Calcutta medical institutions reports 1879-81 [i.e.91]
Year: 1879
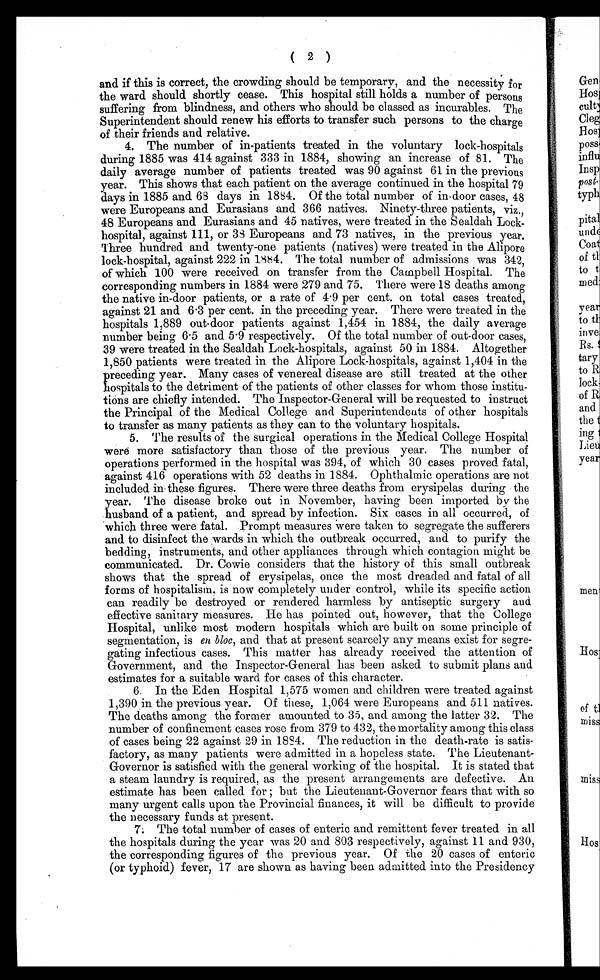
( 2 )
and if this is correct, the crowding should be temporary, and the necessity for
the ward should shortly cease. This hospital still holds a number of persons
suffering from blindness, and others who should be classed as incurables. The
Superintendent should renew his efforts to transfer such persons to the charge
of their friends and relative.
4. The number of in-patients treated in the voluntary lock-hospitals
during 1885 was 414 against 333 in 1884, showing an increase of 81. The
daily average number of patients treated was 90 against 61 in the previous
year. This shows that each patient on the average continued in the hospital 79
days in 1885 and 68 days in 1884. Of the total number of in-door cases, 48
were Europeans and Eurasians and 366 natives. Ninety-three patients, viz.,
48 Europeans and Eurasians and 45 natives, were treated in the Sealdah Lock-
hospital, against 111, or 38 Europeans and 73 natives, in the previous year.
Three hundred and twenty-one patients (natives) were treated in the Alipore
lock-hospital, against 222 in 1884. The total number of admissions was 342,
of which 100 were received on transfer from the Campbell Hospital. The
corresponding numbers in 1884 were 279 and 75. There were 18 deaths among
the native in-door patients, or a rate of 4.9 per cent. on total cases treated,
against 21 and 6.3 per cent. in the preceding year. There were treated in the
hospitals 1,889 out-door patients against 1,454 in 1884, the daily average
number being 6.5 and 5.9 respectively. Of the total number of out-door cases,
39 were treated in the Sealdah Lock-hospitals, against 50 in 1884. Altogether
1,850 patients were treated in the Alipore Lock-hospitals, against 1,404 in the
preceding year. Many cases of venereal disease are still treated at the other
hospitals to the detriment of the patients of other classes for whom those institu-
tions are chiefly intended. The Inspector-General will be requested to instruct
the Principal of the Medical College and Superintendents of other hospitals
to transfer as many patients as they can to the voluntary hospitals.
5. The results of the surgical operations in the Medical College Hospital
were more satisfactory than those of the previous year. The number of
operations performed in the hospital was 394, of which 30 cases proved fatal,
against 416 operations with 52 deaths in 1884. Ophthalmic operations are not
included in these figures. There were three deaths from erysipelas during the
year. The disease broke out in November, having been imported by the
husband of a patient, and spread by infection. Six cases in all occurred, of
which three were fatal. Prompt measures were taken to segregate the sufferers
and to disinfect the wards in which the outbreak occurred, and to purify the
bedding, instruments, and other appliances through which contagion might be
communicated. Dr. Cowie considers that the history of this small outbreak
shows that the spread of erysipelas, once the most dreaded and fatal of all
forms of hospitalism, is now completely under control, while its specific action
can readily be destroyed or rendered harmless by antiseptic surgery and
effective sanitary measures. He has pointed out, however, that the College
Hospital, unlike most modern hospitals which are built on some principle of
segmentation, is en bloc, and that at present scarcely any means exist for segre-
gating infectious cases. This matter has already received the attention of
Government, and the Inspector-General has been asked to submit plans and
estimates for a suitable ward for cases of this character.
6. In the Eden Hospital 1,575 women and children were treated against
1,390 in the previous year. Of these, 1,064 were Europeans and 511 natives.
The deaths among the former amounted to 35, and among the latter 32. The
number of confinement cases rose from 379 to 432, the mortality among this class
of cases being 22 against 29 in 1884. The reduction in the death-rate is satis-
factory, as many patients were admitted in a hopeless state. The Lieutenant-
Governor is satisfied with the general working of the hospital. It is stated that
a steam laundry is required, as the present arrangements are defective. An
estimate has been called for ; but the Lieutenant-Governor fears that with so
many urgent calls upon the Provincial finances, it will be difficult to provide
the necessary funds at present.
7. The total number of cases of enteric and remittent fever treated in all
the hospitals during the year was 20 and 803 respectively, against 11 and 930,
the corresponding figures of the previous year. Of the 20 cases of enteric
(or typhoid) fever, 17 are shown as having been admitted into the Presidency